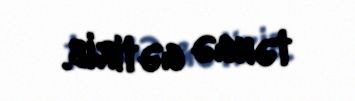
təngə gətirib.